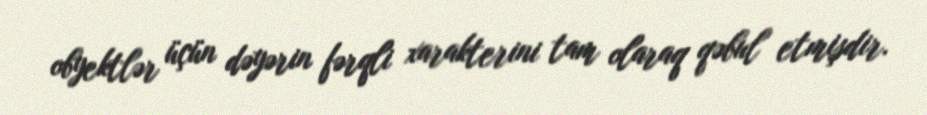
obyektlər üçün dəyərin fərqli xarakterini tam olaraq qəbul etmişdir.